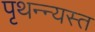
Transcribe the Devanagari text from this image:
पृथन्न्यस्त